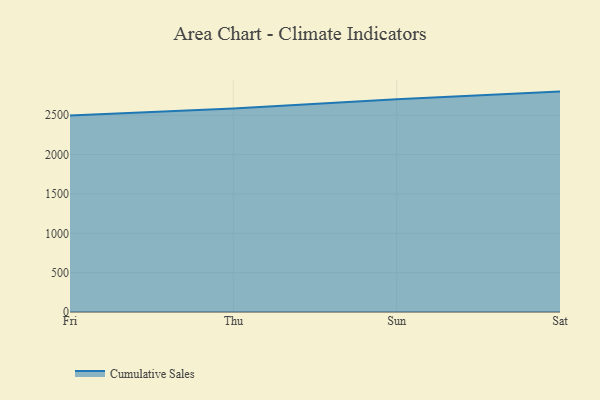
{"axis": {"x": "Day", "y": "Energy Usage (MWh)"}, "legend": ["Cumulative Sales"], "data": [{"x": "Fri", "y": 2498.0, "type": "Cumulative Sales"}, {"x": "Thu", "y": 2586.8, "type": "Cumulative Sales"}, {"x": "Sun", "y": 2704.5, "type": "Cumulative Sales"}, {"x": "Sat", "y": 2800.4, "type": "Cumulative Sales"}]}